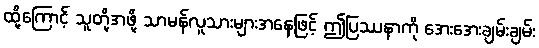
ထို့ကြောင့် သူတို့အဖို့ သာမန်လူသားများအနေဖြင့် ဤပြဿနာကို အေးအေးချမ်းချမ်း